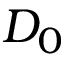
D _ { 0 }